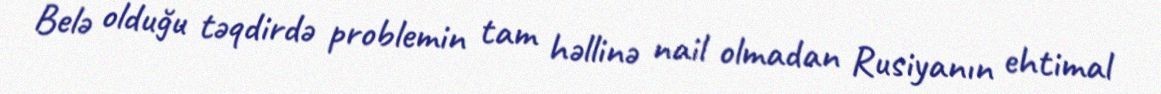
Belə olduğu təqdirdə problemin tam həllinə nail olmadan Rusiyanın ehtimal